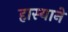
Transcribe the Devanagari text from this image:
हास्याने